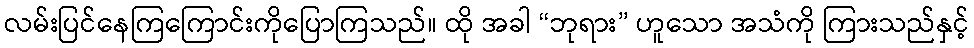
လမ်းပြင်နေကြကြောင်းကိုပြောကြသည်။ ထို အခါ “ဘုရား” ဟူသော အသံကို ကြားသည်နှင့်